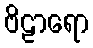
ဗိဠာရော